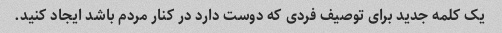
یک کلمه جدید برای توصیف فردی که دوست دارد در کنار مردم باشد ایجاد کنید.